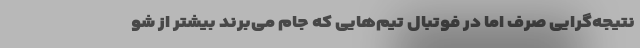
نتیجه‌گرایی صرف اما در فوتبال تیم‌هایی که جام می‌برند بیشتر از شو